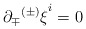
\begin{align*} \partial_\mp{^{(\pm)}\xi}^i = 0\end{align*}